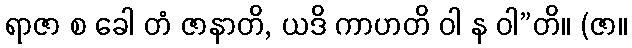
ရာဇာ စ ခေါ တံ ဇာနာတိ, ယဒိ ကာဟတိ ဝါ န ဝါ”တိ။ (ဇာ။